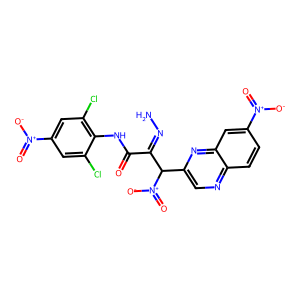
SMILES: NN=C(C(=O)Nc1c(Cl)cc([N+](=O)[O-])cc1Cl)C(c1cnc2ccc([N+](=O)[O-])cc2n1)[N+](=O)[O-]
Inhibits HIV replication: No